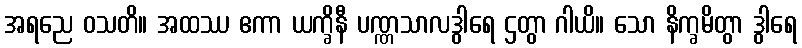
အရညေ ဝသတိ။ အထဿ ဧကာ ယက္ခိနီ ပဏ္ဏသာလဒွါရေ ဌတွာ ဂါယိ။ သော နိက္ခမိတွာ ဒွါရေ